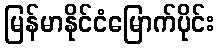
မြန်မာနိုင်ငံမြောက်ပိုင်း